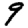
Digit: 9